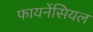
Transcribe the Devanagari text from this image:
फायनेंसियल